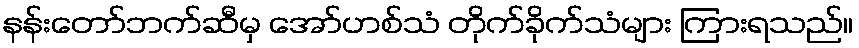
နန်းတော်ဘက်ဆီမှ အော်ဟစ်သံ တိုက်ခိုက်သံများ ကြားရသည်။